Problem: 2 × 2 = ?
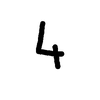
Handwritten answer: 4